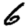
Digit: 6